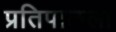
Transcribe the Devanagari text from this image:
प्रतिपाळला